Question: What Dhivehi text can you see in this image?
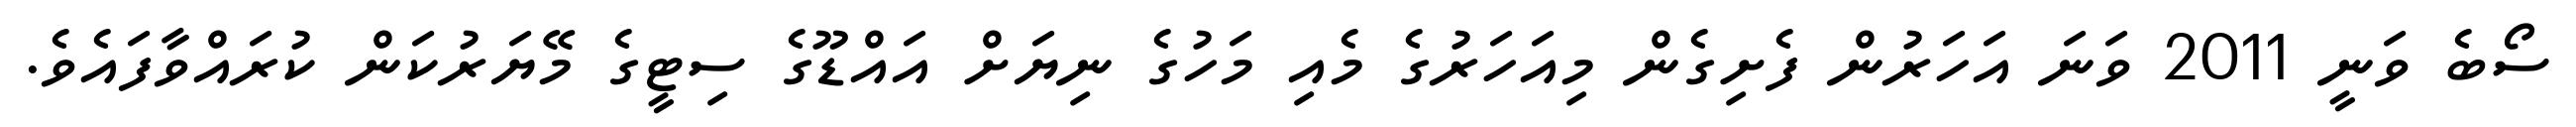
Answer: ސޯބެ ވަނީ 2011 ވަނަ އަހަރުން ފެށިގެން މިއަހަރުގެ މެއި މަހުގެ ނިޔަށް އައްޑޫގެ ސިޓީގެ މޭޔަރުކަން ކުރައްވާފައެވެ.